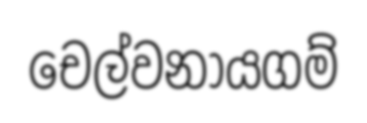
චෙල්වනායගම්